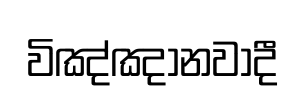
විඤ්ඤානවාදී